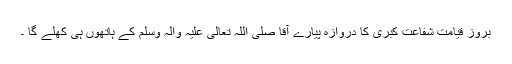
بروزِ قیامت شَفاعتِ کُبریٰ کا دَروازہ پیارے آقا صَلَّی اللّٰہُ تَعَالٰی عَلَیْہِ وَاٰلہٖ وَسَلَّم کے ہاتھوں ہی کُھلے گا ۔